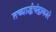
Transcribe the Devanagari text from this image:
तच्चार्द्धचंद्राकारं